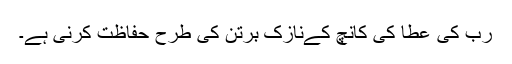
رب کی عطا کی کانچ کےنازک برتن کی طرح حفاظت کرنی ہے۔